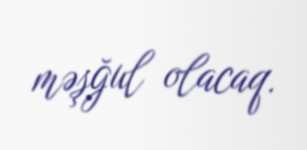
məşğul olacaq.